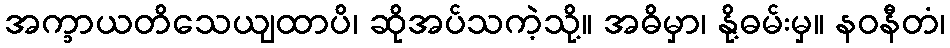
အက္ခာယတိသေယျထာပိ၊ ဆိုအပ်သကဲ့သို့။ အဓိမှာ၊ နို့ဓမ်းမှ။ နဝနီတံ၊